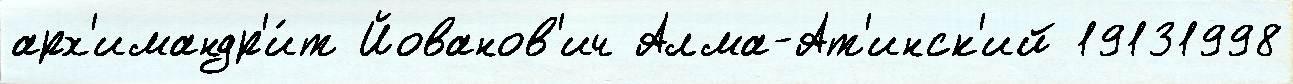
арх'имандр'и́т Йованов'ич Алма-Ат'инск'ий 19131998